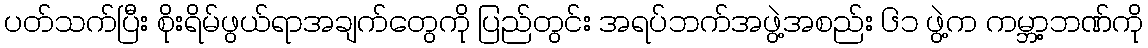
ပတ်သက်ပြီး စိုးရိမ်ဖွယ်ရာအချက်တွေကို ပြည်တွင်း အရပ်ဘက်အဖွဲ့အစည်း ၆၁ ဖွဲ့က ကမ္ဘာ့ဘဏ်ကို